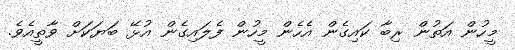
މީހުން އަތުން ރިބާ ކައިގެން އެހެން މީހުން ފެލައިގެން އުޅޭ ބަޔަކަށް ވާތީއެވެ.